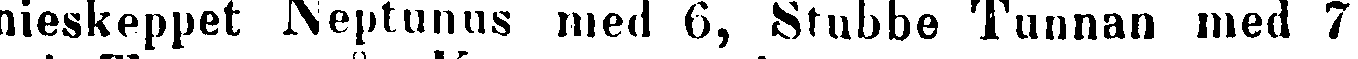
nieskeppet Neptunus med 6, Stubbe Tunnan med 7